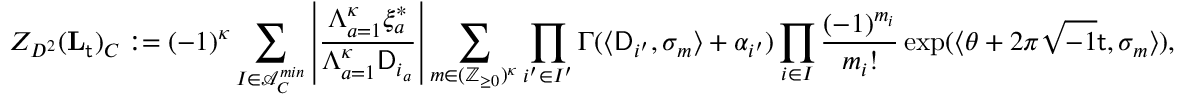
Z _ { D ^ { 2 } } ( \mathbf { L } _ { \mathsf { t } } ) _ { C } : = ( - 1 ) ^ { { \boldsymbol { \kappa } } } \sum _ { I \in \mathcal { A } _ { C } ^ { m i n } } \left| \frac { \Lambda _ { a = 1 } ^ { { \boldsymbol { \kappa } } } \xi _ { a } ^ { * } } { \Lambda _ { a = 1 } ^ { { \boldsymbol { \kappa } } } \mathsf { D } _ { i _ { a } } } \right| \sum _ { m \in ( \mathbb { Z } _ { \ge 0 } ) ^ { { \boldsymbol { \kappa } } } } \prod _ { i ^ { \prime } \in I ^ { \prime } } \Gamma ( \langle \mathsf { D } _ { i ^ { \prime } } , \sigma _ { m } \rangle + \alpha _ { i ^ { \prime } } ) \prod _ { i \in I } \frac { ( - 1 ) ^ { m _ { i } } } { m _ { i } ! } \exp ( \langle \theta + 2 \pi \sqrt { - 1 } \mathsf { t } , \sigma _ { m } \rangle ) ,